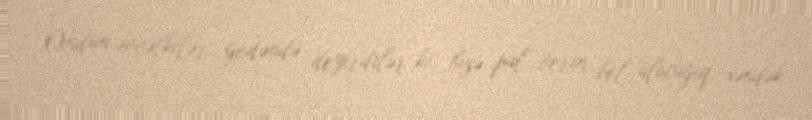
Ondan əvvəlkilər gedəndə deyirdilər ki, bizə pul verin bel alacağıq, xəndək